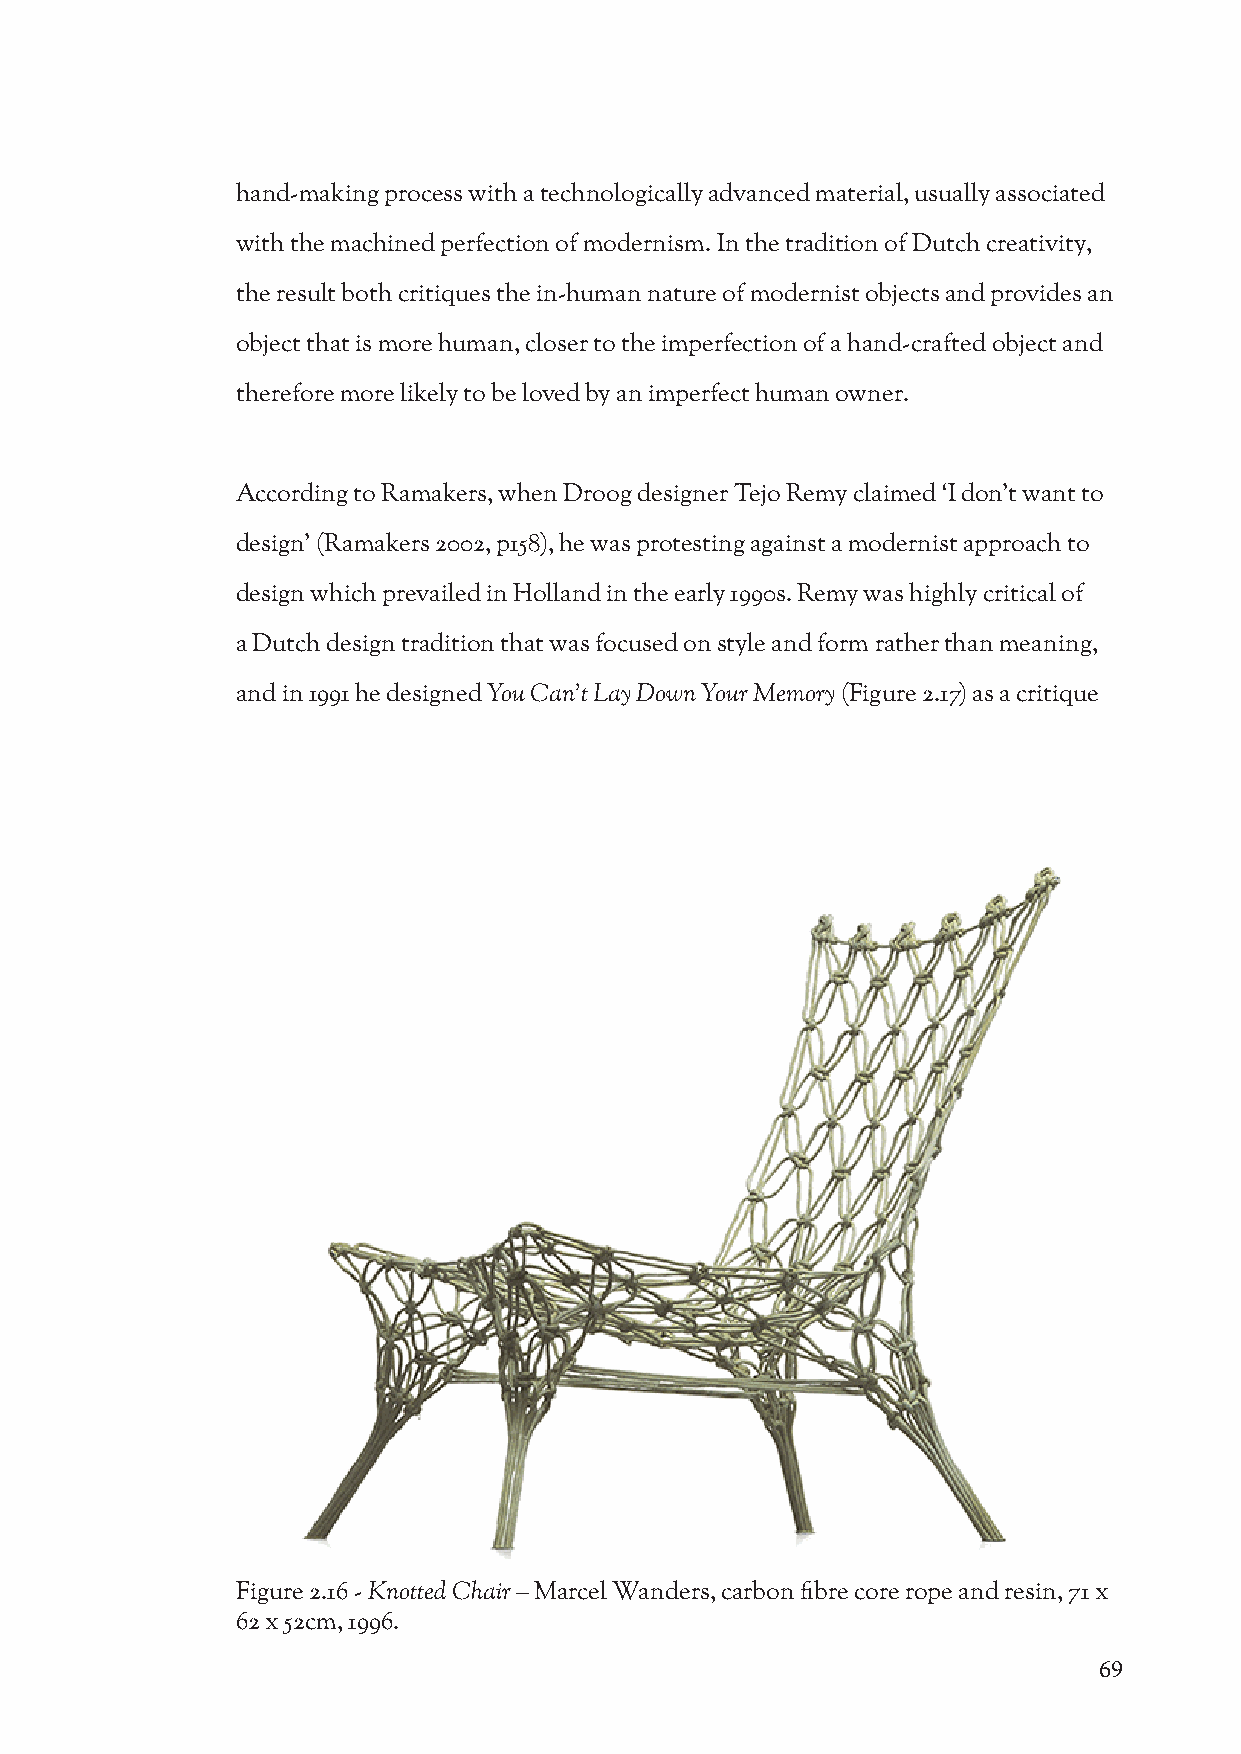
hand-making process with a technologically advanced material, usually associated
 with the machined perfection of modernism. In the tradition of Dutch creativity,
 the result both critiques the in-human nature of modernist objects and provides an
 object that is more human, closer to the imperfection of a hand-crafted object and
 therefore more likely to be loved by an imperfect human owner.
 According to Ramakers, when Droog designer Tejo Remy claimed ‘I don’t want to
 design’ (Ramakers 2002, p158), he was protesting against a modernist approach to
 design which prevailed in Holland in the early 1990s. Remy was highly critical of
 a Dutch design tradition that was focused on style and form rather than meaning,
 and in 1991 he designed You Can’t Lay Down Your Memory (Figure 2.17) as a critique
 Figure 2.16 - Knotted Chair – Marcel Wanders, carbon fibre core rope and resin, 71 x
 62 x 52cm, 1996.
 69